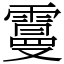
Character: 𩅍